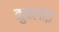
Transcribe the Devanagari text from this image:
कुबलाइ